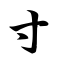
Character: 寸